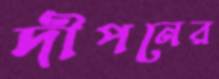
দীপনের